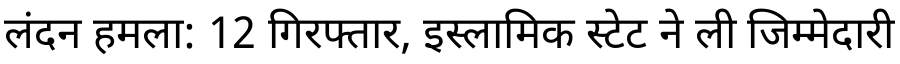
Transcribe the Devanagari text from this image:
लंदन हमला: 12 गिरफ्तार, इस्लामिक स्टेट ने ली जिम्मेदारी